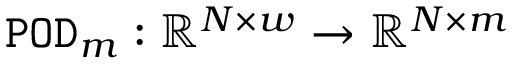
{ \tt P O D } _ { m } : \mathbb { R } ^ { N \times w } \rightarrow \mathbb { R } ^ { N \times m }